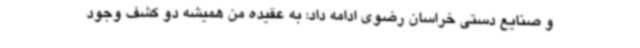
و صنایع دستی خراسان رضوی ادامه داد: به عقیده من همیشه دو کشف وجود